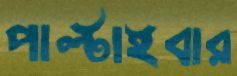
পাল্‌টাইবার